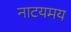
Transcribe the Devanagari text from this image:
नाटयमय